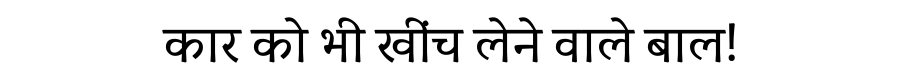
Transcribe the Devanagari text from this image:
कार को भी खींच लेने वाले बाल!